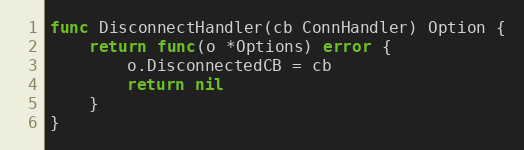
Language: Go
func DisconnectHandler(cb ConnHandler) Option {
	return func(o *Options) error {
		o.DisconnectedCB = cb
		return nil
	}
}